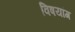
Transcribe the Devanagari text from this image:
विषयांग